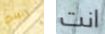
انقلب انت